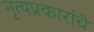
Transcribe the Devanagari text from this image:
नृत्यप्रकारांचे